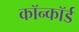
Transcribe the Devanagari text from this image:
कॉन्कॉर्ड